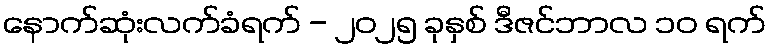
နောက်ဆုံးလက်ခံရက် - ၂၀၂၅ ခုနှစ် ဒီဇင်ဘာလ ၁၀ ရက်